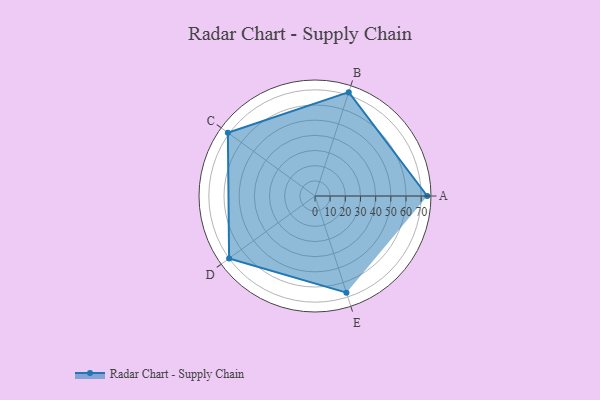
{"axis": {"x": "Skill", "y": "Score"}, "legend": ["Profile"], "data": [{"x": "A", "y": 74.0, "type": "Profile"}, {"x": "B", "y": 72.0, "type": "Profile"}, {"x": "C", "y": 71.0, "type": "Profile"}, {"x": "D", "y": 70.0, "type": "Profile"}, {"x": "E", "y": 67.0, "type": "Profile"}]}